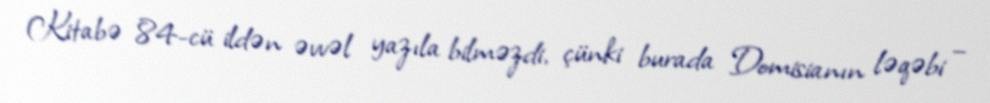
Kitabə 84-cü ildən əvvəl yazıla bilməzdi, çünki burada Domisianın ləqəbi –